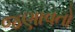
જણાવતો